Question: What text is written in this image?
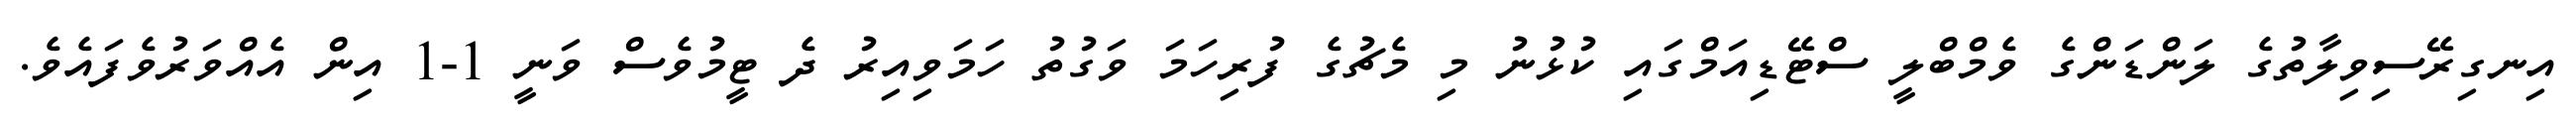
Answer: އިނގިރޭސިވިލާތުގެ ލަންޑަންގެ ވެމްބްލީ ސްޓޭޑިއަމްގައި ކުޅުނު މި މެޗުގެ ފުރިހަމަ ވަގުތު ހަމަވިއިރު ދެ ޓީމުވެސް ވަނީ 1-1 އިން އެއްވަރުވެފައެވެ.